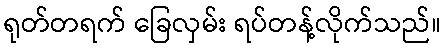
ရုတ်တရက် ခြေလှမ်း ရပ်တန့်လိုက်သည်။